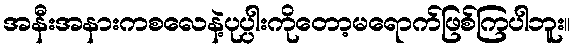
အနီးအနားကစလေနဲ့ပုပ္ပါးကိုတော့မရောက်ဖြစ်ကြပါဘူး။